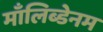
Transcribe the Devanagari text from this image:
माँलिब्डेनम